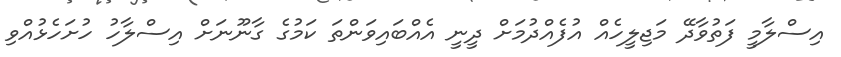
އިސްލާމީ ފަތުވާދޭ މަޖިލީހެއް އުފެއްދުމަށް ދީނީ އެއްބައިވަންތަ ކަމުގެ ގާނޫނަށް އިސްލާހު ހުށަހެޅުއްވި